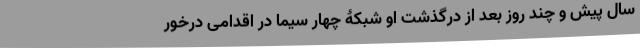
سال پیش و چند روز بعد از درگذشت او شبکۀ چهار سیما در اقدامی درخور